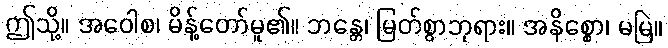
ဤသို့။ အဝေါစ၊ မိန့်တော်မူ၏။ ဘန္တေ၊ မြတ်စွာဘုရား။ အနိစ္စော၊ မမြဲ။